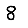
Digit: 8